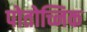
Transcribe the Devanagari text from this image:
पोतोच्निक